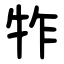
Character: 㸲